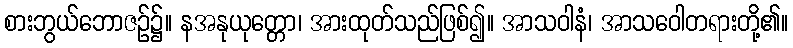
စားဘွယ်ဘောဇဉ်၌။ နအနုယုတ္တော၊ အားထုတ်သည်ဖြစ်၍။ အာသဝါနံ၊ အာသဝေါတရားတို့၏။